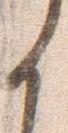
く